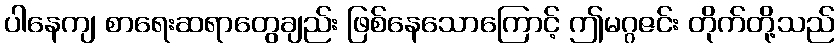
ပါနေကျ စာရေးဆရာတွေချည်း ဖြစ်နေသောကြောင့် ဤမဂ္ဂဇင်း တိုက်တို့သည်